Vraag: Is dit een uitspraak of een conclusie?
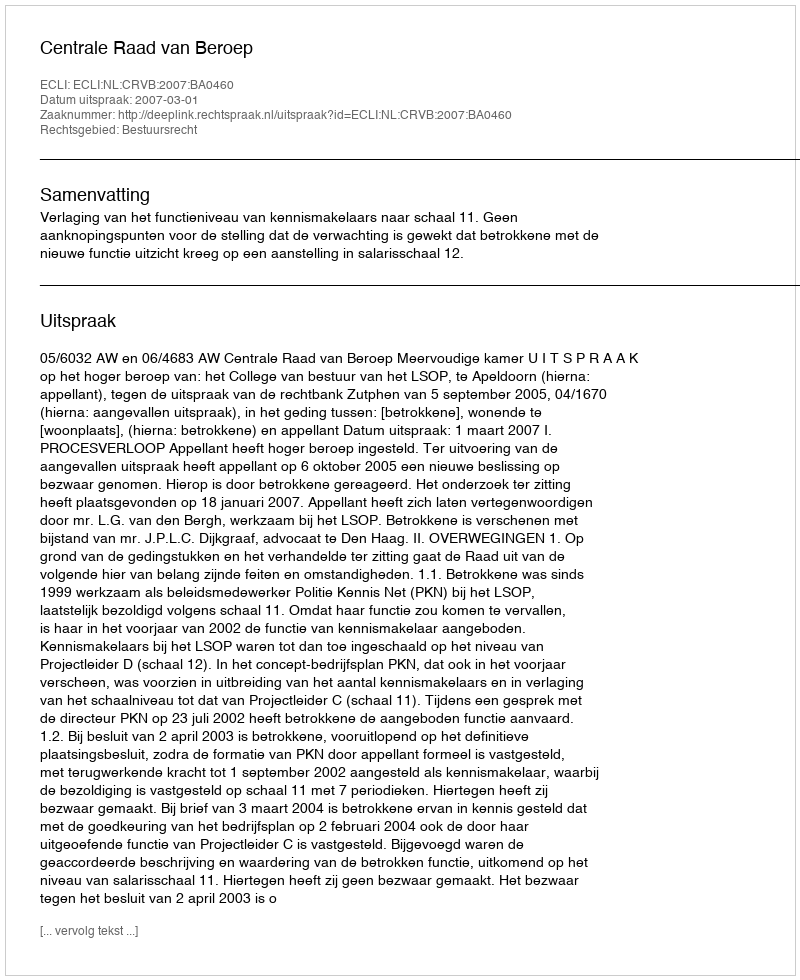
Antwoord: Uitspraak